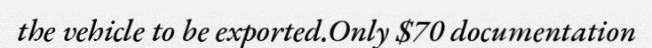
the vehicle to be exported.Only $70 documentation